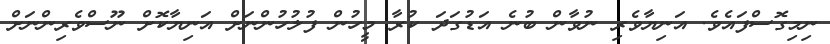
ނިމިގޮސްފައެވެ. އަނިޔާވެރި ނުވާން ބުނެ އަޑުގަދަ ކުރާ މީހުން ފުލުހުންނަށް އަނިޔާކޮށް ނޫސްވެރިންނަށް